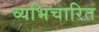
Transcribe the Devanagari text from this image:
व्यभिचारित